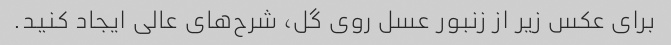
برای عکس زیر از زنبور عسل روی گل، شرح‌های عالی ایجاد کنید.